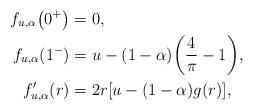
LaTeX: \begin{align*} f_{u,\alpha}\bigl(0^+\bigr)&=0,\\ f_{u,\alpha}(1^-)&=u-(1-\alpha)\biggl(\frac{4}{\pi}-1\biggr),\\ f_{u,\alpha}'(r)&=2r[u-(1-\alpha)g(r)],\end{align*}